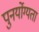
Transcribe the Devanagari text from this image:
पुनर्योग्यता